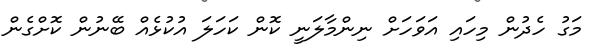
މަގު ހެދުން މިހައި އަވަހަށް ނިންމާލަނީ ކޮން ކަހަލަ އުކުޅެއް ބޭނުން ކޮށްގެން